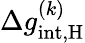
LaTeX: \Delta g_{\mathrm{int,\mathrm{H}}}^{(k)}